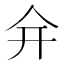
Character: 𠇋